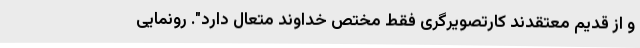
و از قدیم معتقدند کارتصویرگری فقط مختص خداوند متعال دارد". رونمایی